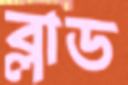
ব্লাড